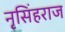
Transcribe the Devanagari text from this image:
नृसिंहराज